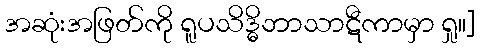
အဆုံးအဖြတ်ကို ရူပသိဒ္ဓိဘာသာဋီကာမှာ ရှု။]